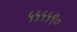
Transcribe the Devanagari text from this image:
५५५५९०